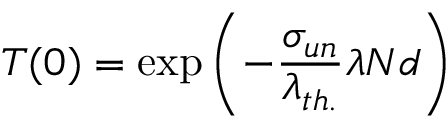
T ( 0 ) = \mathrm { e x p } \left( - { \frac { \sigma _ { u n } } { \lambda _ { t h . } } } \lambda N d \right)